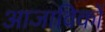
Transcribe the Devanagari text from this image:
आजाविकों